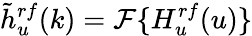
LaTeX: \tilde{h}_{u}^{rf}(k)=\mathcal{F}\{ H_{u}^{rf}(u)\}